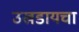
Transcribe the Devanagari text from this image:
उखडायचा